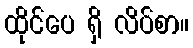
ထိုင်ပေ ရှိ လိပ်စာ။